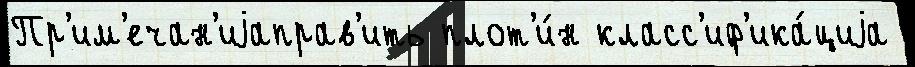
Пр'им'ечан'иjаправ'ить плот'и́н класс'иф'ика́циjа